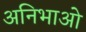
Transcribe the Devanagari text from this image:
अनिभाओ